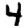
Digit: 4